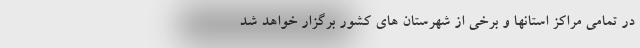
در تمامی مراکز استانها و برخی از شهرستان های کشور برگزار خواهد شد